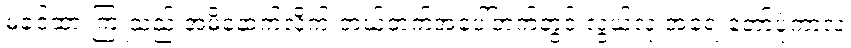
မခင်ထားကြူသည် အမိနောက်လိုက် ဘယ်ဘက်အပေါ်ဘက်တွင် လွယ်လုံ အရေးတော်ပုံကာလ